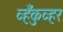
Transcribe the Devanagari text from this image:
व्हँकुव्हर